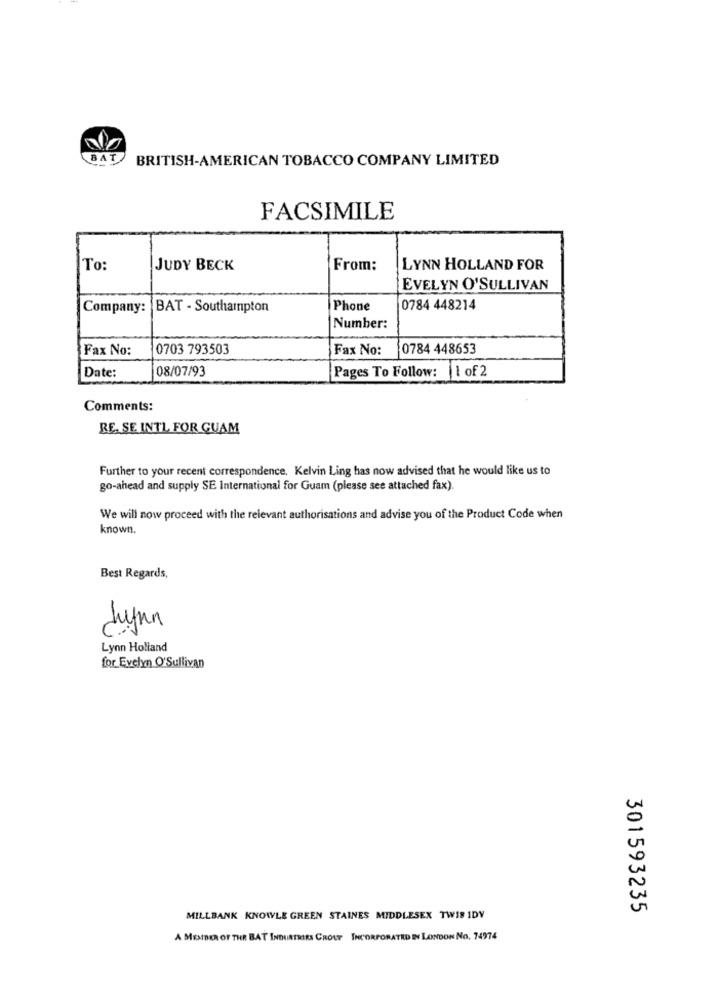
BAT
BRITISH-AMERICAN TOBACCO COMPANY LIMITED
FACSIMILE
To:
JUDY BECK
From:
LYNN HOLLAND FOR
EVELYN O'SULLIVAN
Company:
BAT - Southampton
Phone
0784 448214
Number:
Fax No:
0703 793503
Fax No:
0784 448653
08/07/93
Pages To Follow: |1 of 2
Date:
Comments:
RE, SE INTL FOR GUAM
Further to your recent correspondence. Kelvin Ling has now advised that he would like us to
go-ahead and supply SE International for Guam (please see attached fax).
We will now proceed with the relevant authorisations and advise you of the Product Code when
known.
Best Regards,
Lynn
Lynn Holland
for Evelyn O'Sullivan
301593235
MILLBANK KNOWLE GREEN STAINES MIDDLESEX TWIS IDV
A MEMBER OF THE BAT INDUSTRIES CROUT INCORPORATED IN LONDON NO. 74974